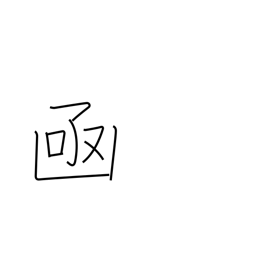
Meaning: box